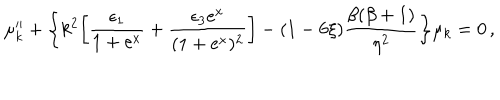
\mu _ { k } ^ { \prime \prime } + \biggl \{ k ^ { 2 } \biggl [ \frac { \epsilon _ { 1 } } { 1 + \mathrm { e } ^ { x } } + \frac { \epsilon _ { 3 } \mathrm { e } ^ { x } } { ( 1 + \mathrm { e } ^ { x } ) ^ { 2 } } \biggr ] - ( 1 - 6 \xi ) \frac { \beta ( \beta + 1 ) } { \eta ^ { 2 } } \biggr \} \mu _ { k } = 0 \, ,